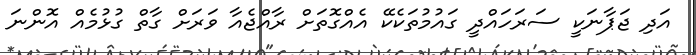
އަދި ޖަޕާނަކީ ސަރަހައްދީ ގައުމުތަކެކޭ އެއްގޮތަށް ރާއްޖެއާ ވަރަށް ގާތް ގުޅުމެއް އޮންނަ